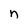
Character: n